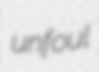
unfoul